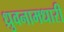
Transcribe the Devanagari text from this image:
ध्रुवनामधारी